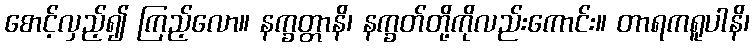
စောင့်လှည့်၍ ကြည့်လော။ နက္ခတ္တာနိ၊ နက္ခတ်တို့ကိုလည်းကောင်း။ တာရကရူပါနိ၊